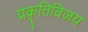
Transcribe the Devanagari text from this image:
प्रकृतिविजय